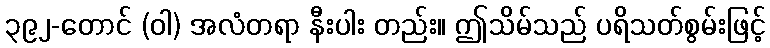
၃၉၂-တောင် (ဝါ) အလံတရာ နီးပါး တည်း။ ဤသိမ်သည် ပရိသတ်စွမ်းဖြင့်